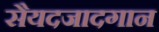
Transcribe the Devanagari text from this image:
सैयदजादगान